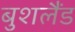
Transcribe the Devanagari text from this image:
बुशलैंड